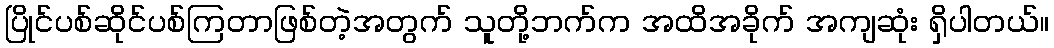
ပြိုင်ပစ်ဆိုင်ပစ်ကြတာဖြစ်တဲ့အတွက် သူတို့ဘက်က အထိအခိုက် အကျဆုံး ရှိပါတယ်။